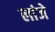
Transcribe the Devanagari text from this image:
लांजे